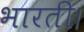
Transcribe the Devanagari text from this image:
भारती।